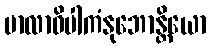
မာလာဝိပါကံနုဘောန္တိယော